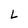
Character: L